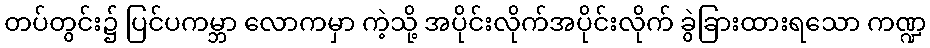
တပ်တွင်း၌ ပြင်ပကမ္ဘာ လောကမှာ ကဲ့သို့ အပိုင်းလိုက်အပိုင်းလိုက် ခွဲခြားထားရသော ကဏ္ဍ